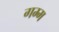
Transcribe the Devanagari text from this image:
गम्म